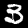
Digit: 3